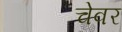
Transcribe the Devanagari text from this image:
चेवर